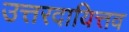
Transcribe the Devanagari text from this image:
उत्तरदायित्तव